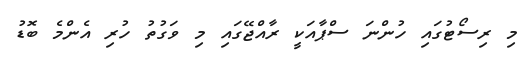
މި ރިސޯޓުގައި ހުންނަ ސްޕާއަކީ ރާއްޖޭގައި މި ވަގުތު ހުރި އެންމެ ބޮޑު